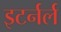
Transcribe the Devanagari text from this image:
इटर्नर्ल